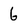
Character: 6